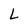
Character: L